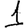
Digit: 1